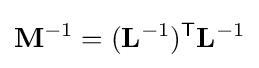
\mathbf {M} ^{-1}=(\mathbf {L} ^{-1})^{\mathsf {T}}\mathbf {L} ^{-1}